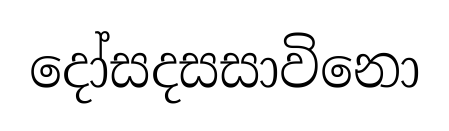
දෝසදසසාවිනො